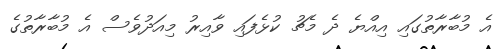
އެ މުބާރާތުގައި އިއްޔެ ދެ މެޗު ކުޅެފައި ވާއިރު މިއަދުވެސް އެ މުބާރާތުގެ